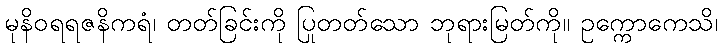
မုနိဝရရဇနိကရံ၊ တတ်ခြင်းကို ပြုတတ်သော ဘုရားမြတ်ကို။ ဥက္ကောကေသိ၊